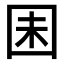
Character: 𫭆